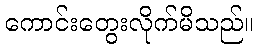
ကောင်းတွေးလိုက်မိသည်။